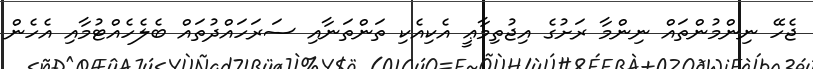
ޖެހޭ ނިންމުންތައް ނިންމާ ރަށުގެ އިޖުތިމާޢީ އެކިއެކި ތަންތަނާއި ސަރަހައްދުތައް ބެލެހެއްޓުމާއި އެހެން